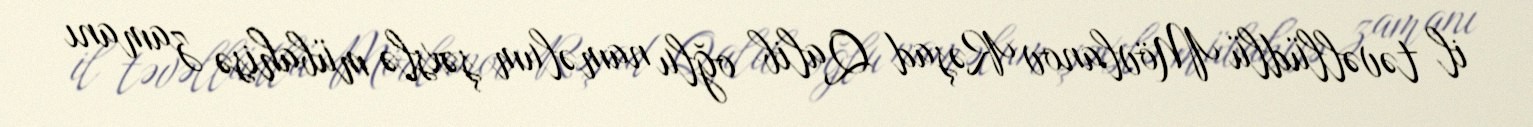
il təvəllüdlü Mövlanov Rəşad Qalib oğlu naməlum şəxslə mübahisə zamanı